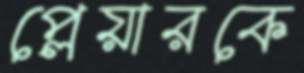
প্লেয়ারকে